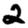
Digit: 2